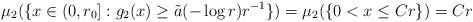
LaTeX: \begin{align*}\mu_2(\{x\in(0,r_0]:g_2(x)\geq \tilde a(-\log r)r^{-1}\})=\mu_2(\{0<x\leq Cr\})=C r\end{align*}